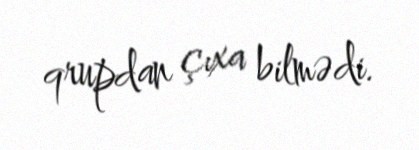
qrupdan çıxa bilmədi.